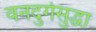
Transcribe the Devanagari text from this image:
वनदुर्गसुद्धा